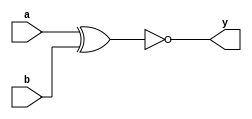
module xnorgate (a,b,y);
  
  input a,b;
  output y;
  
  xnor x1 (y,a,b);
  
endmodule